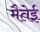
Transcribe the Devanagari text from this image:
मैतेई